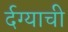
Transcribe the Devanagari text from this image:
र्दग्याची